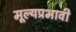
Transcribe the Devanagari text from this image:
मूल्यप्रभावी